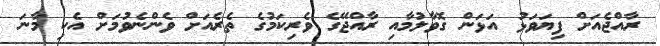
ރާއްޖެއަށް ފިޔަވަޅު އަޅަން ގޮވާލުމާއި ރާއްޖޭގެ ވެރިކަމުގެ ތެރެއަށް ވެންނެވުމަށް އެކި މާނަ